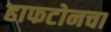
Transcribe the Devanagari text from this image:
हाफटोनचा